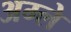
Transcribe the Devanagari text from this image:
अम्‍ले